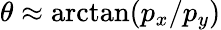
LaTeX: \theta\approx\arctan(p_{x}/p_{y})